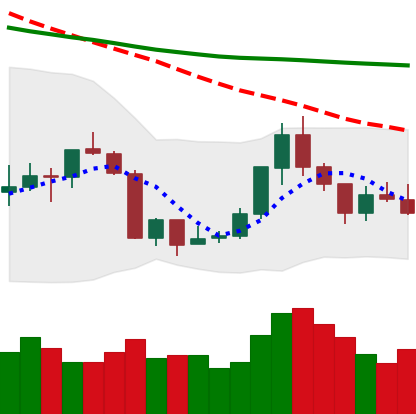
Ticker: ETH-USD
Chart end date: 2018-07-23
Forward return: 3.559%
Label: up_3_5